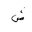
Letter: _shin